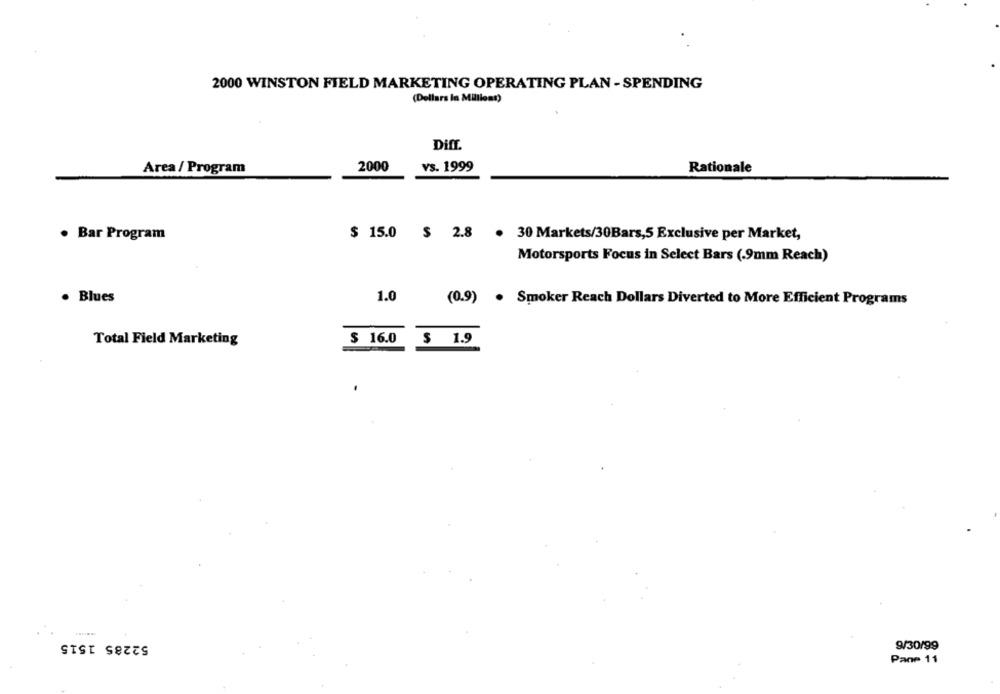
2000 WINSTON FIELD MARKETING OPERATING PLAN - SPENDING
(Dollars In Millions)
Diff.
2000
vs. 1999
Area / Program
Rationale
. Bar Program
$ 15.0 $ 2.8
. 30 Markets/30Bars,5 Exclusive per Market,
Motorsports Focus in Select Bars (.9mm Reach)
. Blues
1.0
(0.9) . Smoker Reach Dollars Diverted to More Efficient Programs
Total Field Marketing
$ 16.0 $ 1.9
.
52285 1515
9/30/99
Pane 11